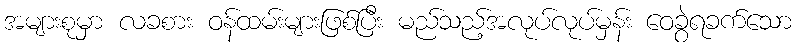
အများစုမှာ လခစား ဝန်ထမ်းများဖြစ်ပြီး မည်သည့်အလုပ်လုပ်မှန်း ဝေခွဲရခက်သော